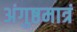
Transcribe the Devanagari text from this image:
अंगुष्ठमात्रं